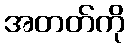
အတတ်ကို